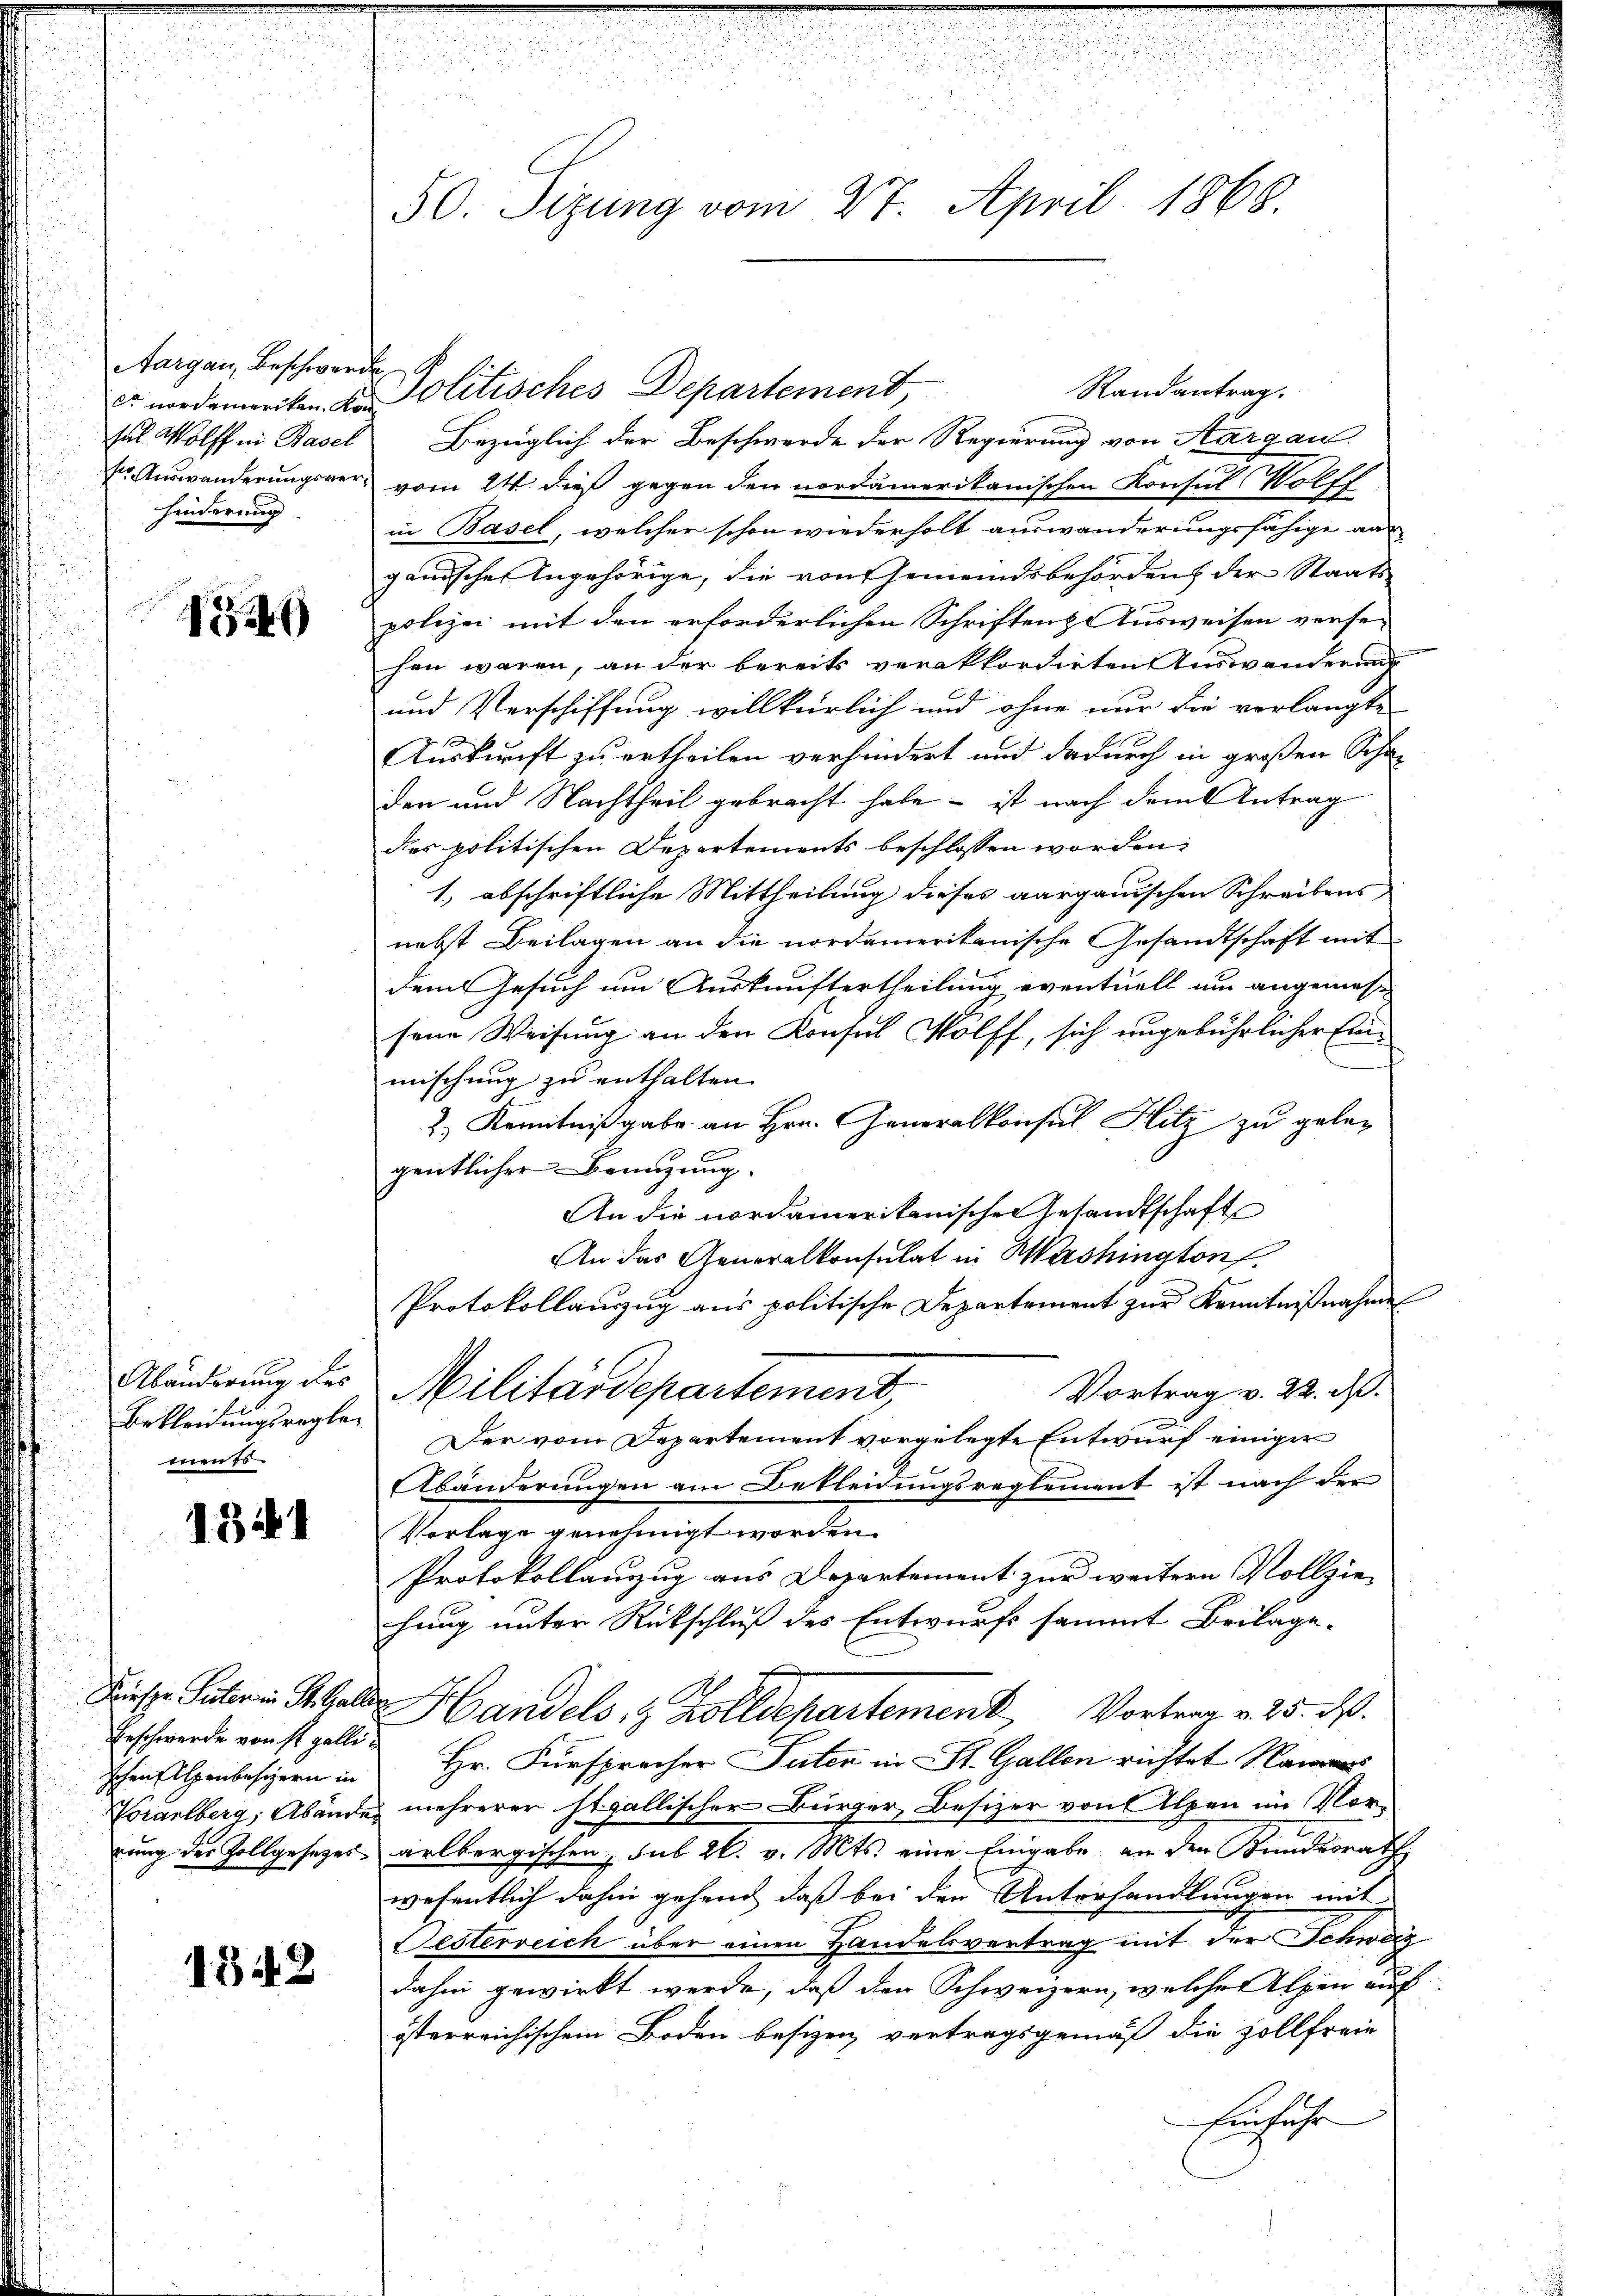
Aargau, Beschwerde
r nordameriken. Kon
sel Wolff in Basel
hinderung

4

Bekleidungsregler
men es

1341

Politisches Departement,
Bezüglich der Beschwerde der Regierung von Aargau
sr. Auswanderungsver- vom 24. dieß gegen den nordamerikanischen Konsul Wolff
in Basel, welcher schon wiederholt auswanderungsfähige aus
ganische Angehörige, die von Gemeindsbehörden der Staats-
polizei mit den erforderlichen Schriften usweisen versehen wären, an der bereits verakkordirten Auswanderung
und Verschiffung willkürlich und ohne nur die verlangte
Auskunft zu ertheilen verhindert und dadurch in großen Scha-
den und Nachtheil gebracht habe – ist nach dem Antrag
des politischen Departements beschlossen worden:
1., abschriftliche Mittheilung dieses aargauischen Schreibens
nebst Beilagen an die nordamerikanische Gesandtschaft mit
dem Gesuch um Auskunftertheilung eventuell um angemess
sene Weisung an den Konsul Wolff, sich ungebührlicher Einmischung zu enthalten.
2) Kenntnißgabe an Hrn. Generalkonsul Hitz zu gelegentlicher Benuzung
An die nordamerikanische Gesandtschaft
An das Generalkonsulat in Washington
Protokollauszug aus politische Departement zur Kenntnißnahme
Aländerung des Militärdepartement,
Vortrag v. 22. M.
Der vom Departement vorgelegte Entwurf einiger
Abänderungen am Bekleidungsreglement ist nach der
Vorlage genehmigt worden.
Protokollanzug aus Departement zur weitere Vollzie-
hung unter Rückschluß des Entwurfs sammt Beilage.
Diese Suter in Schale Handels- & Zolldepartement, Vortrag v. 25. d.
Hr. Fürspracher Suter in St. Gallen richtet Namens
Vorarlberg, Abände mehrerer stallischer Bürger, Besizer von Alpen im Vor-
gung des Zollgesetzes arlbergischen, sub 20. v. Mts. eine Eingabe, an den Bundesrath
wesentlich dahin gehend, daß bei den Unterhandlungen mit
Festerreich über einen Handelsvertrag mit der Schweiz
dahin gewirkt werde, daß den Schweizern, welche Alpen auf
österreichischem Boden besizen vertragsgemäß die Zollfreie
Einhufe

Erschwerde von ist galli¬
Ichen Alpenbesizern in

1342

50. Sizung vom 27. April 1868.

Randantrag.